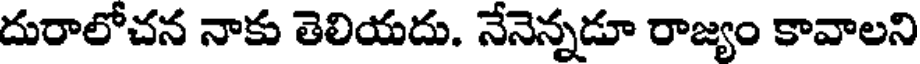
దురాలోచన నాకు తెలియదు. నేనెన్నడూ రాజ్యం కావాలని